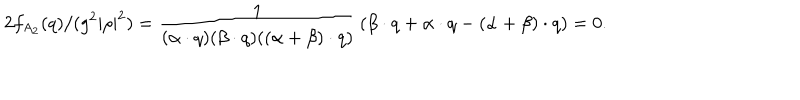
LaTeX: 2 f _ { A _ { 2 } } ( q ) / ( g ^ { 2 } | \rho | ^ { 2 } ) = { \frac { 1 } { ( \alpha \cdot q ) ( \beta \cdot q ) ( ( \alpha + \beta ) \cdot q ) } } \left( \beta \cdot q + \alpha \cdot q - ( \alpha + \beta ) \cdot q \right) = 0 .